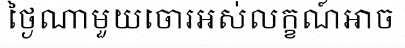
ថ្ងៃណាមួយចោរអស់លក្ខណ៍អាច